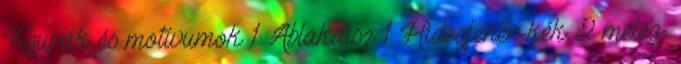
Figurák és motívumok 1 Ablakdísz 1 Hidegfehér-kék 2 meleg-